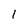
Character: 1